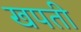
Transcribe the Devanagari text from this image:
खपती